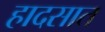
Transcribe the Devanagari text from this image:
हादसात